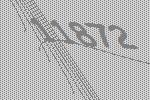
11872